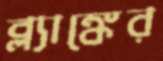
ব্ল্যাঙ্কের